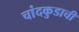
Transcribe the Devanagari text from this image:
चांदकुडाची